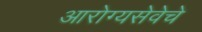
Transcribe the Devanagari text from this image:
आरोग्यसेवेचे